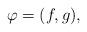
LaTeX: \begin{align*}\varphi=(f, g), \end{align*}